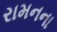
રામનના